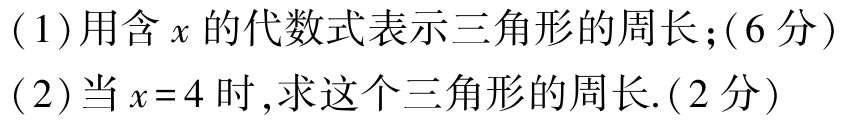
(1)用含\(x\)的代数式表示三角形的周长；(6分)
(2)当\(x = 4\)时,求这个三角形的周长.(2分)